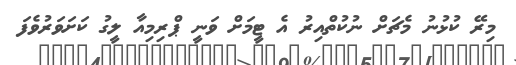
މިރޭ ކުޅުނު މެޗަށް ނުކުތްއިރު އެ ޓީމަށް ވަނީ ޕްރިމިއާ ލީގު ކަށަވަރުވެފަ